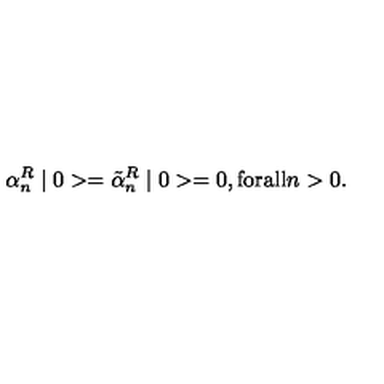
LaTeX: \alpha _ { n } ^ { R } \mid 0 > = \tilde { \alpha } _ { n } ^ { R } \mid 0 > = 0 , \mathrm { f o r a l l } n > 0 .